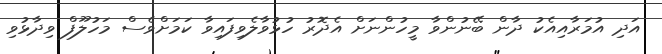
އަދި އުމަރާއިއެކު ދާން ބޭނުންވާ މީހުންނަށް އެދޮރު ހުޅުވާލެވިފައިވާ ކަމަށްވެސް މަހުލޫފް ވިދާޅުވި